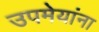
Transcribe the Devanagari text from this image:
उपमेयांना